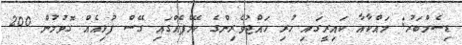
ޑިސެމްބަރު: މައްކާއާ ކައިރީގައި ހުރި ހައްޖުވެރިންގެ ކޭމްޕެއްގައި ގޭސް ފުޅިއެއް ގޮވުމުން 200